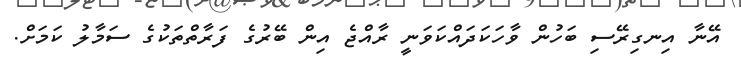
އޭނާ އިނގިރޭސި ބަހުން ވާހަކަދައްކަވަނީ ރާއްޖެ އިން ބޭރުގެ ފަރާތްތަކުގެ ސަމާލު ކަމަށް.